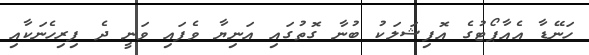
ހަނޭޑާ އެއާޕޯޓުގެ އޮފިޝަލަކު ބުނާ ގޮތުގައި އަނިޔާ ވެފައި ވަނީ ދެ ފިރިހެނަކާއި